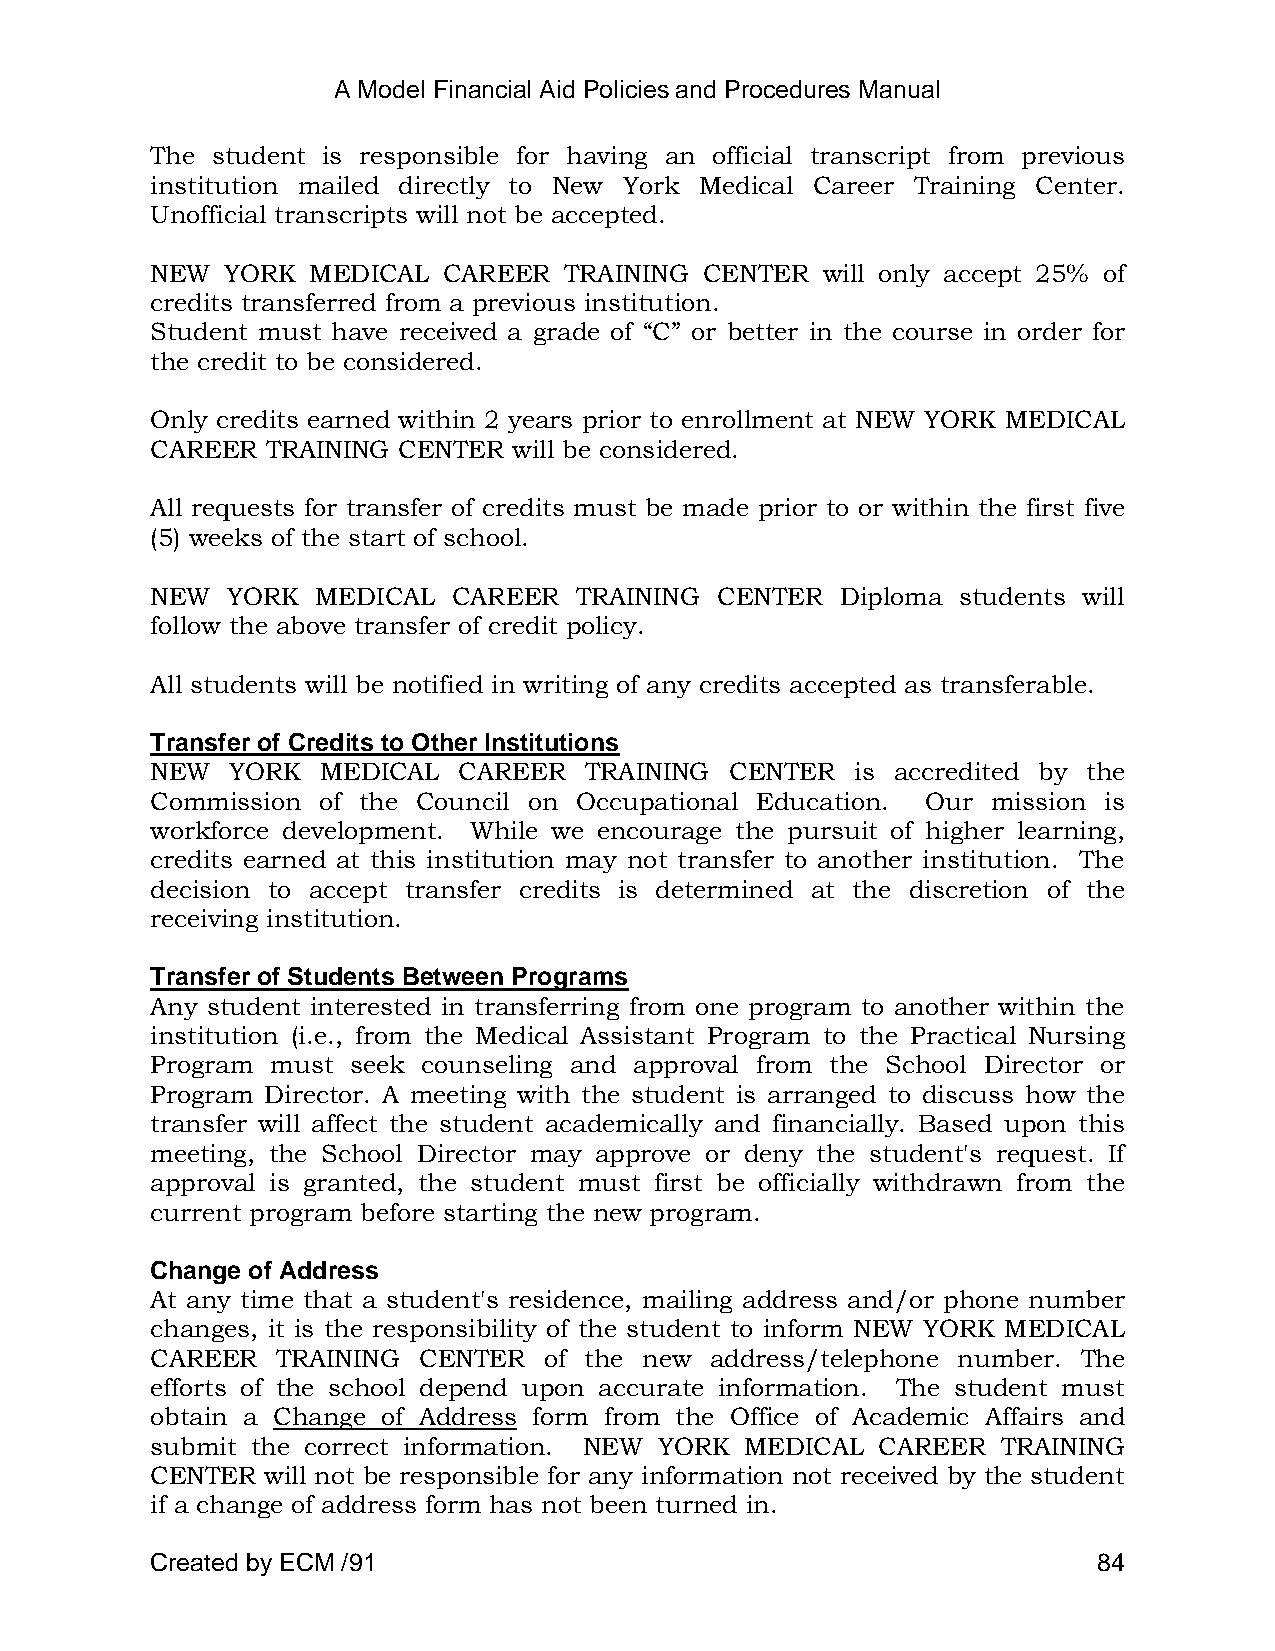
A Model Financial Aid Policies and Procedures Manual
 The student is responsible for having an official transcript from previous
 institution mailed directly to New York Medical Career Training Center.
 Unofficial transcripts will not be accepted.
 NEW  YORK MEDICAL  CAREER  TRAINING  CENTER will only accept 25% of
 credits transferred from a previous institution.
 Student must have received a grade of ―C‖ or better in the course in order for
 the credit to be considered.
 Only credits earned within 2 years prior to enrollment at NEW YORK MEDICAL
 CAREER  TRAINING CENTER will be considered.
 All requests for transfer of credits must be made prior to or within the first five
 (5) weeks of the start of school.
 NEW  YORK  MEDICAL  CAREER  TRAINING CENTER   Diploma students will
 follow the above transfer of credit policy.
 All students will be notified in writing of any credits accepted as transferable.
 Transfer of Credits to Other Institutions
 NEW  YORK  MEDICAL  CAREER   TRAINING CENTER   is accredited by the
 Commission of the Council on Occupational Education. Our mission is
 workforce development. While we encourage the pursuit of higher learning,
 credits earned at this institution may not transfer to another institution. The
 decision to accept transfer credits is determined at the discretion of the
 receiving institution.
 Transfer of Students Between Programs
 Any student interested in transferring from one program to another within the
 institution (i.e., from the Medical Assistant Program to the Practical Nursing
 Program must seek counseling and approval from the School Director or
 Program Director. A meeting with the student is arranged to discuss how the
 transfer will affect the student academically and financially. Based upon this
 meeting, the School Director may approve or deny the student's request. If
 approval is granted, the student must first be officially withdrawn from the
 current program before starting the new program.
 Change of Address
 At any time that a student's residence, mailing address and/or phone number
 changes, it is the responsibility of the student to inform NEW YORK MEDICAL
 CAREER  TRAINING  CENTER  of the new address/telephone number. The
 efforts of the school depend upon accurate information. The student must
 obtain a Change of Address form from the Office of Academic Affairs and
 submit the correct information. NEW YORK MEDICAL CAREER TRAINING
 CENTER will not be responsible for any information not received by the student
 if a change of address form has not been turned in.
 Created by ECM /91                                             84